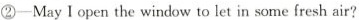
②-May I open the window to let in some fresh air?